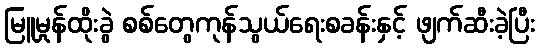
မြူမှုန်ထိုးခွဲ စစ်တွေကုန်သွယ်ရေးစခန်းနှင့် ဖျက်ဆီးခဲ့ပြီး